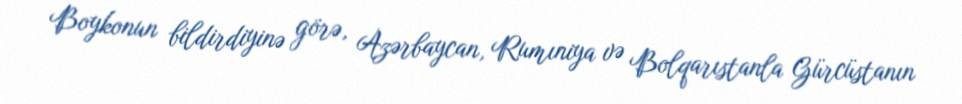
Boykonun bildirdiyinə görə, Azərbaycan, Rumıniya və Bolqarıstanla Gürcüstanın